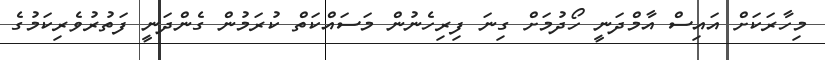
މިހާރަކަށް އައިސް އާމްދަނީ ހޯދުމަށް ގިނަ ފިރިހެނުން މަސައްކަތް ކުރަމުން ގެންދަނީ ފަތުރުވެރިކަމުގެ